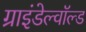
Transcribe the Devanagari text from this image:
ग्राइंडेल्वॉल्ड